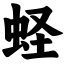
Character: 蛏